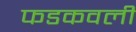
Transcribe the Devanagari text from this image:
फडकवली